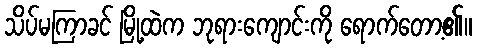
သိပ်မကြာခင် မြို့ထဲက ဘုရားကျောင်းကို ရောက်တော့၏။